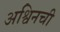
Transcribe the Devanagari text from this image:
अश्विनची